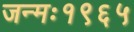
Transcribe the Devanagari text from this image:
जन्मः१९६५